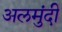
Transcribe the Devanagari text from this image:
अलमुंदी